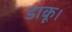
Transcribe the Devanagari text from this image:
डाकू।